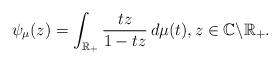
LaTeX: \begin{align*}\psi_{\mu}(z)=\int_{\mathbb{R}_{+}}\frac{tz}{1-tz}\,d\mu(t),z\in\mathbb{C}\backslash\mathbb{R}_{+}.\end{align*}